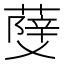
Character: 𦼧